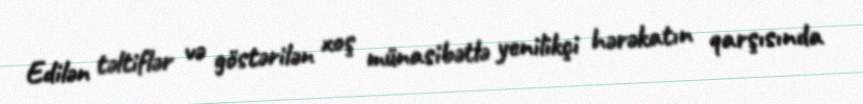
Edilən təltiflər və göstərilən xoş münasibətlə yenilikçi hərəkatın qarşısında